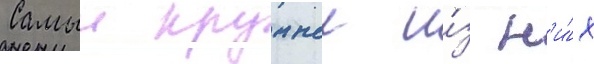
Самыи крупныи и́з н'и́х